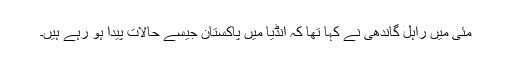
مئی میں راہل گاندھی نے کہا تھا کہ انڈیا میں پاکستان جیسے حالات پیدا ہو رہے ہیں۔